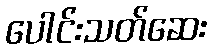
ပေါင်းသတ်ဆေး